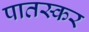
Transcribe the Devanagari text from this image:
पातस्कर